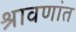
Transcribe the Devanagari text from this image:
श्रावणांत